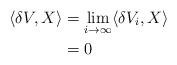
LaTeX: \begin{align*} \langle \delta V, X \rangle &= \lim_{i \to \infty} \langle \delta V_i, X \rangle \\ &=0 \end{align*}